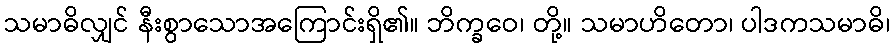
သမာဓိလျှင် နီးစွာသောအကြောင်းရှိ၏။ ဘိက္ခဝေ၊ တို့။ သမာဟိတော၊ ပါဒကသမာဓိ၊